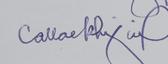
Signature authenticity: genuine